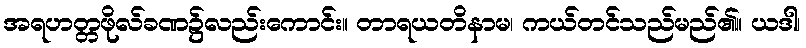
အရဟတ္တဖိုလ်ခဏ၌လည်းကောင်း။ တာရယတိနာမ၊ ကယ်တင်သည်မည်၏။ ယဒါ၊